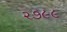
૨૭૯૯